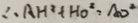
\therefore A H ^ { 2 } + H O ^ { 2 } = A D ^ { 2 }